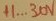
Text: +1...30V